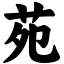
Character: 苑